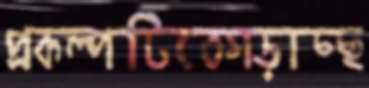
প্রকল্পটিতেগড়াচ্ছ